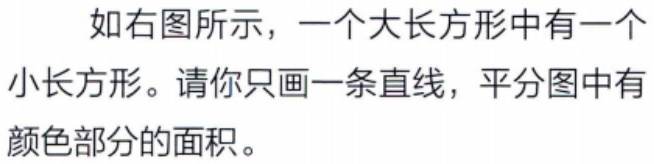
如右图所示，一个大长方形中有一个小长方形。请你只画一条直线，平分图中有颜色部分的面积。